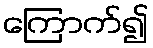
ကြောက်၍